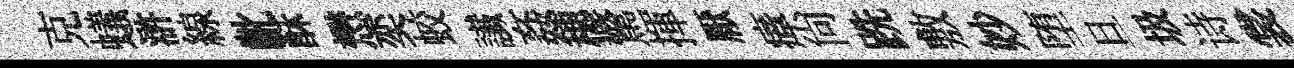
克蟻滸線齔酥懋奕蛟䜟姦穂驚揮厭瘴尚跣敷妙堕旦圾诗裳